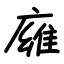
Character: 㢕